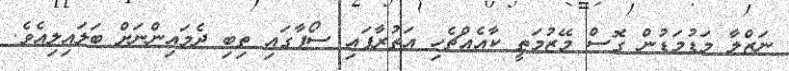
ނަޒްލާ މަޑުމަޑުން ގޮސް މޭޒުމަތީ ކާއެއްޗެހި އަތުރާފައި ސޯފާގައި ތިބި ދެމައިންނަށް ބަލައިލިއެވެ.